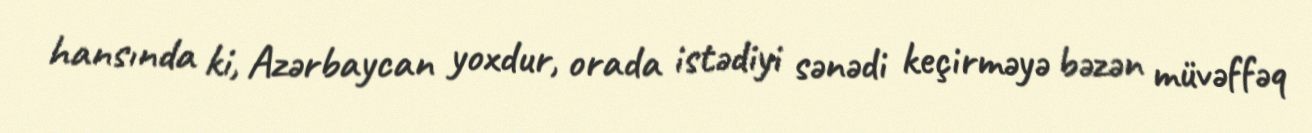
hansında ki, Azərbaycan yoxdur, orada istədiyi sənədi keçirməyə bəzən müvəffəq